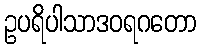
ဥပရိပါသာဒဝရဂတော